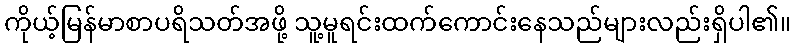
ကိုယ့်မြန်မာစာပရိသတ်အဖို့ သူ့မူရင်းထက်ကောင်းနေသည်များလည်းရှိပါ၏။